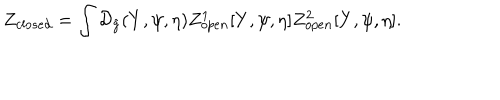
{ Z _ { c l o s e d } } = \int { \mathcal { D } _ { \tilde { g } } } ( Y , \psi , \eta ) { Z _ { o p e n } ^ { 1 } } [ Y , \psi , \eta ] { Z _ { o p e n } ^ { 2 } } [ Y , \psi , \eta ] .